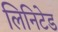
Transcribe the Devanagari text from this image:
लिनिटेड